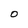
Character: O